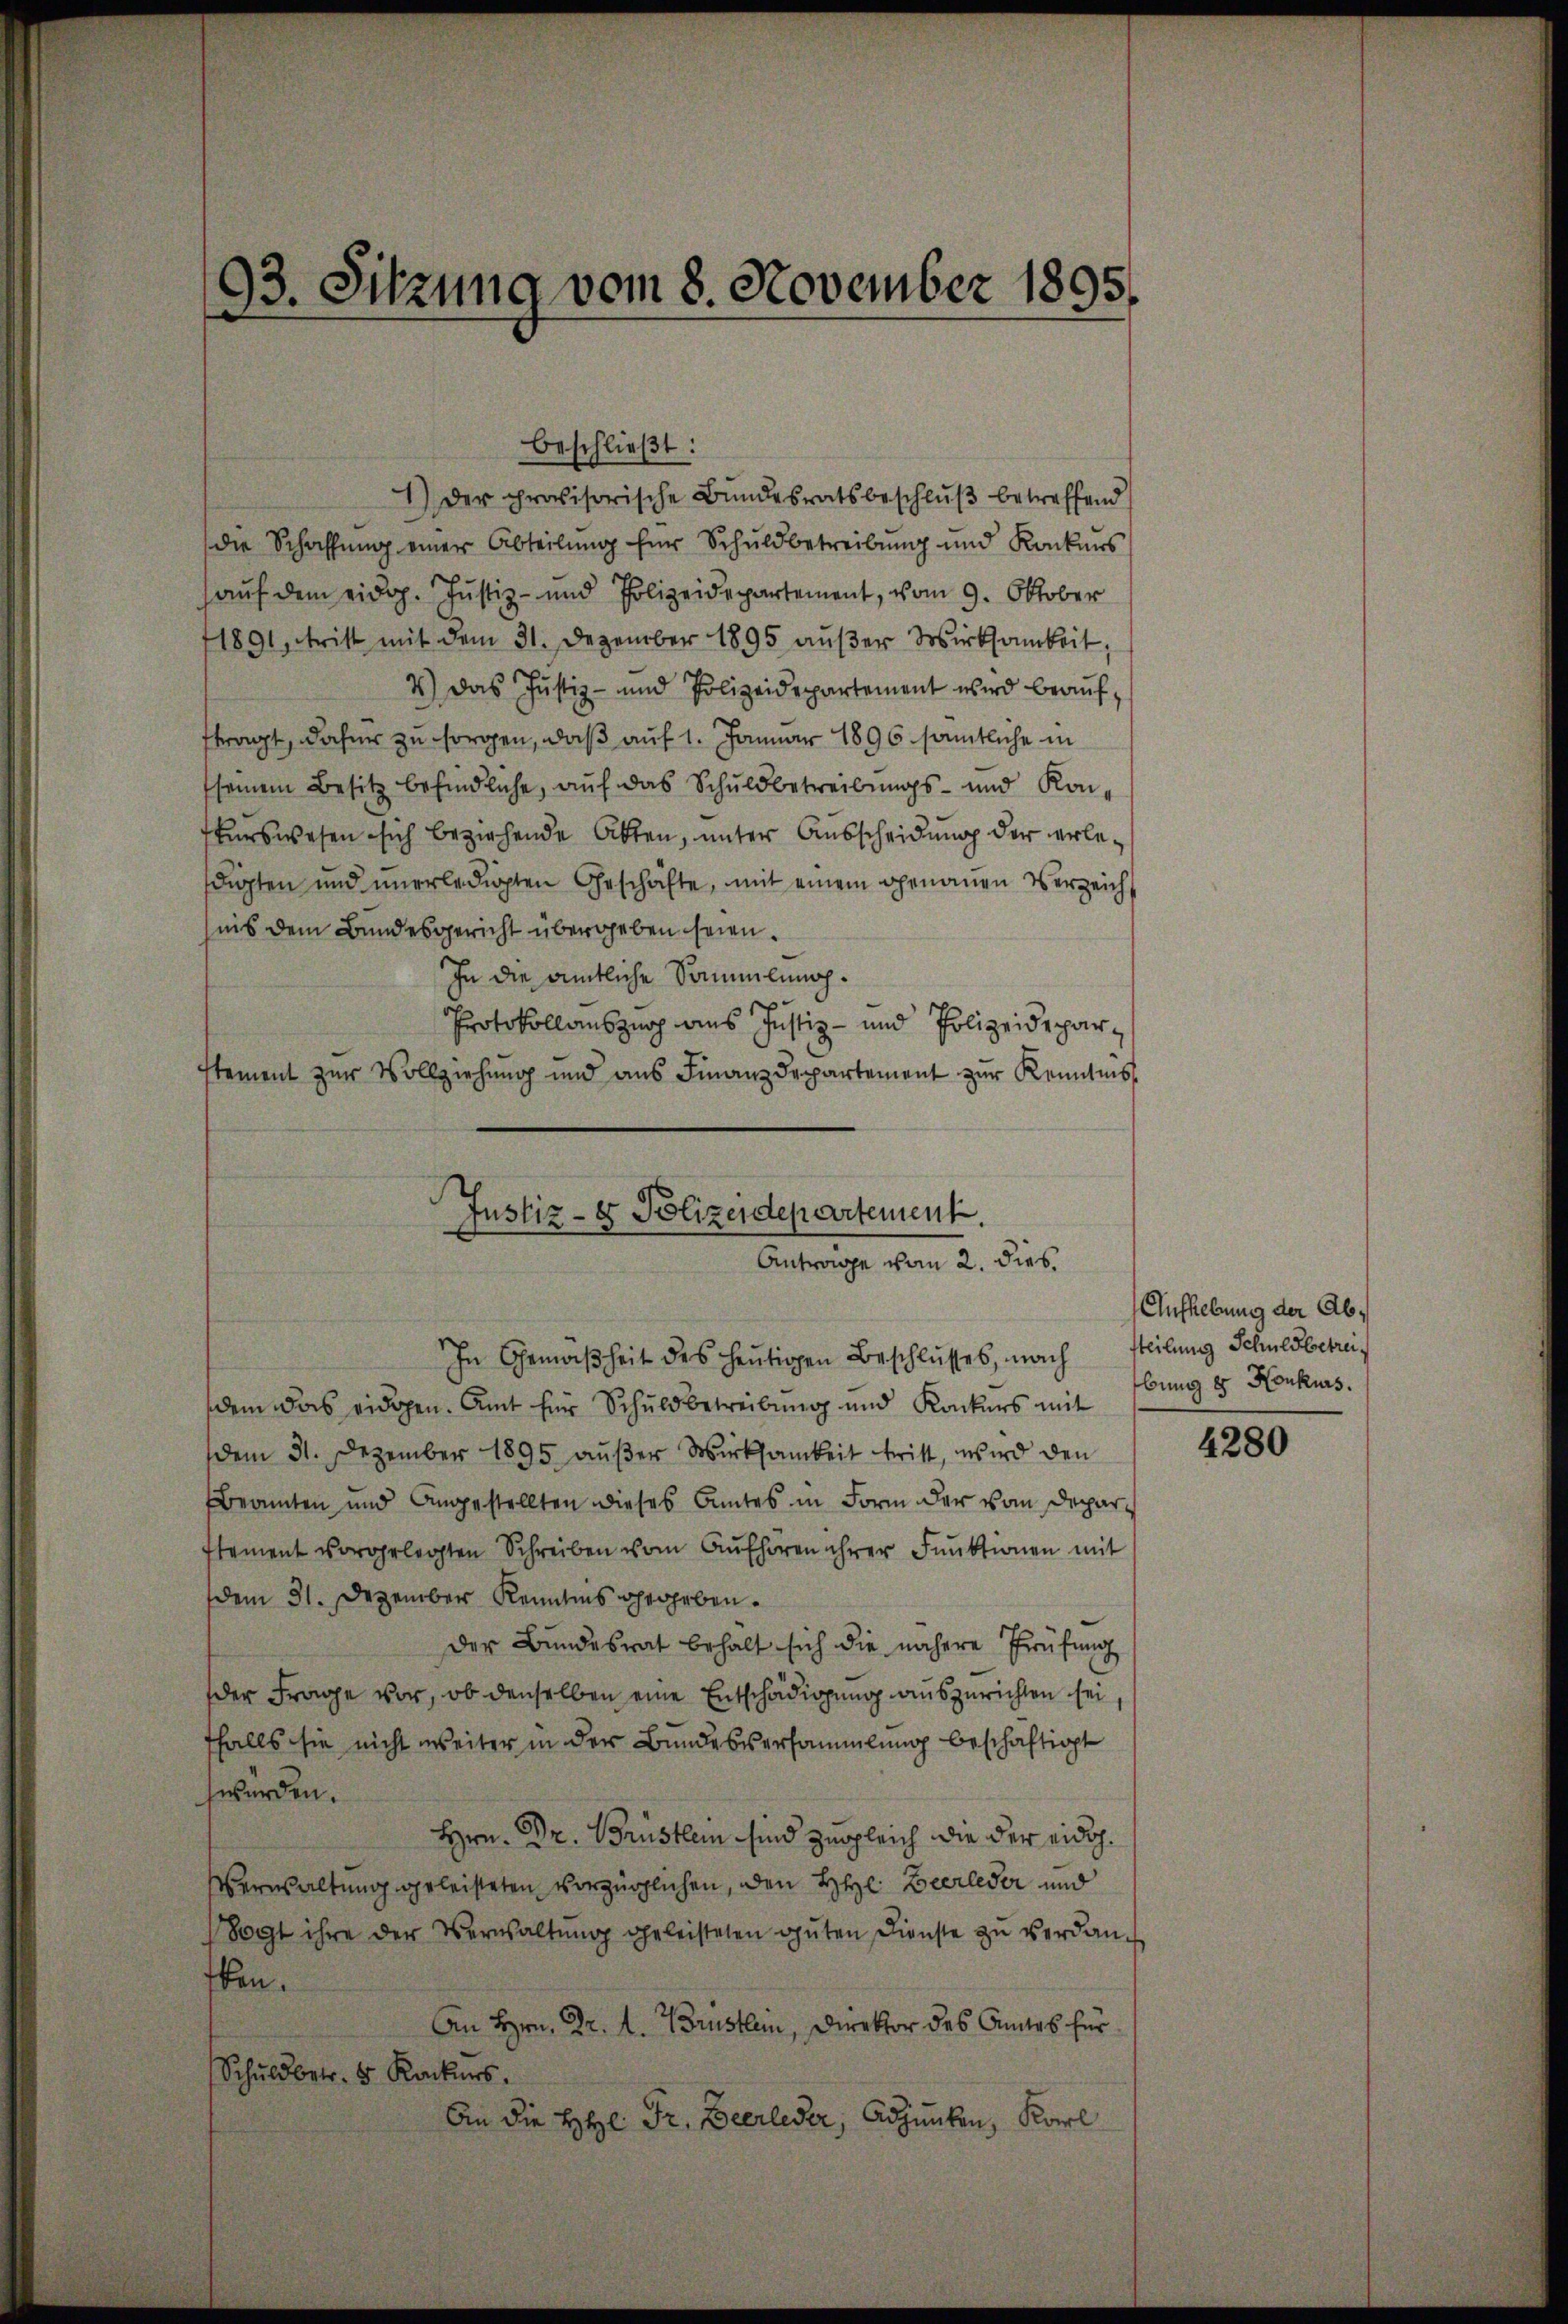
93. Sitzung vom 8. November 1895.

beschließt:
1.) Der provisorische Bŭndesratsbeschlŭβ betreffend
die Schaffŭng einer Abteilŭng für Schuldbetreibung und Konkurs
aŭf dem eidg. Justiz- und Polizeidepartement, vom 9. Oktober
1891, tritt mit dem 31. Dezember 1895 außer Wirksamkeit,
4.) Das Justiz- und Polizeidepartement wird beaufftragt, dafür zu sorgen, daß auf 1. Januar 1896 sämtliche in
sseinem Besitz befindliche, auf das Schuldbetreibungs- und Konskurswesen sich beziehende Akten, unter Ausscheidung der erledigten und unerledigten Geschäfte, mit einem genauen Verzeich
nis dem Bundesgericht übergeben seien.
In die amtliche Sammlung.
Protokollauszug aus Justiz- und Polizeideparstement zur Vollziehung und aus Finanzdepartement zur Kenntniss

Justiz- & Polizeidepartement.
Antrage vom 2. dies

In Gemäßheit des heutigen Beschlusses, nach
dem das eidgen. Amt für Schuldbetreibung und Konkurs mit
dem 31. Dezember 1895 außer Wirksamkeit tritt, wird den
Beamten und Angestellten dieses Amtes in Form der vom Deparstament vorgelegten Schreiben vom Aŭfhören ihrer Funktionen mit
dem 31. Dezember Kenntnis gegeben.
Der Bundesrat behalt sich die nähere Prüfung
der Frage vor, ob denselben eine Entschädigung auszurichten sei,
ffalls sie nicht weiter in der Bundesversammlung beschäftigt
hwürden.
Hrn. Dr. Brüstlein sind zugleich die der eidg.
Verwaltung geleisteten vorzüglichen, den Hr. Zeerleder und
Vogt ihre der Verwaltŭng geleisteten gŭten Dienste zŭ verdan
ben.
An Hrn. Dr. L. Brustlein, Direktor des Amtes für
Schuldbetr. 5 Kackers.
An die HHl Fr. Zeerleder, Adjunken, Karl

Aufhebung der Absteilung Schuldbetrei
bung 8 Konkurs.

4280